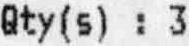
QTY(S) : 3